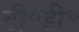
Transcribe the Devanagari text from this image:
टी॰डी॰